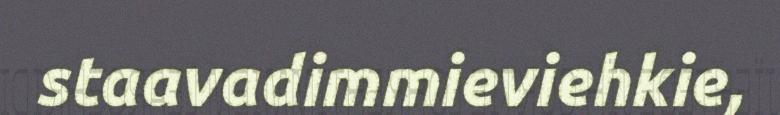
staavadimmieviehkie,